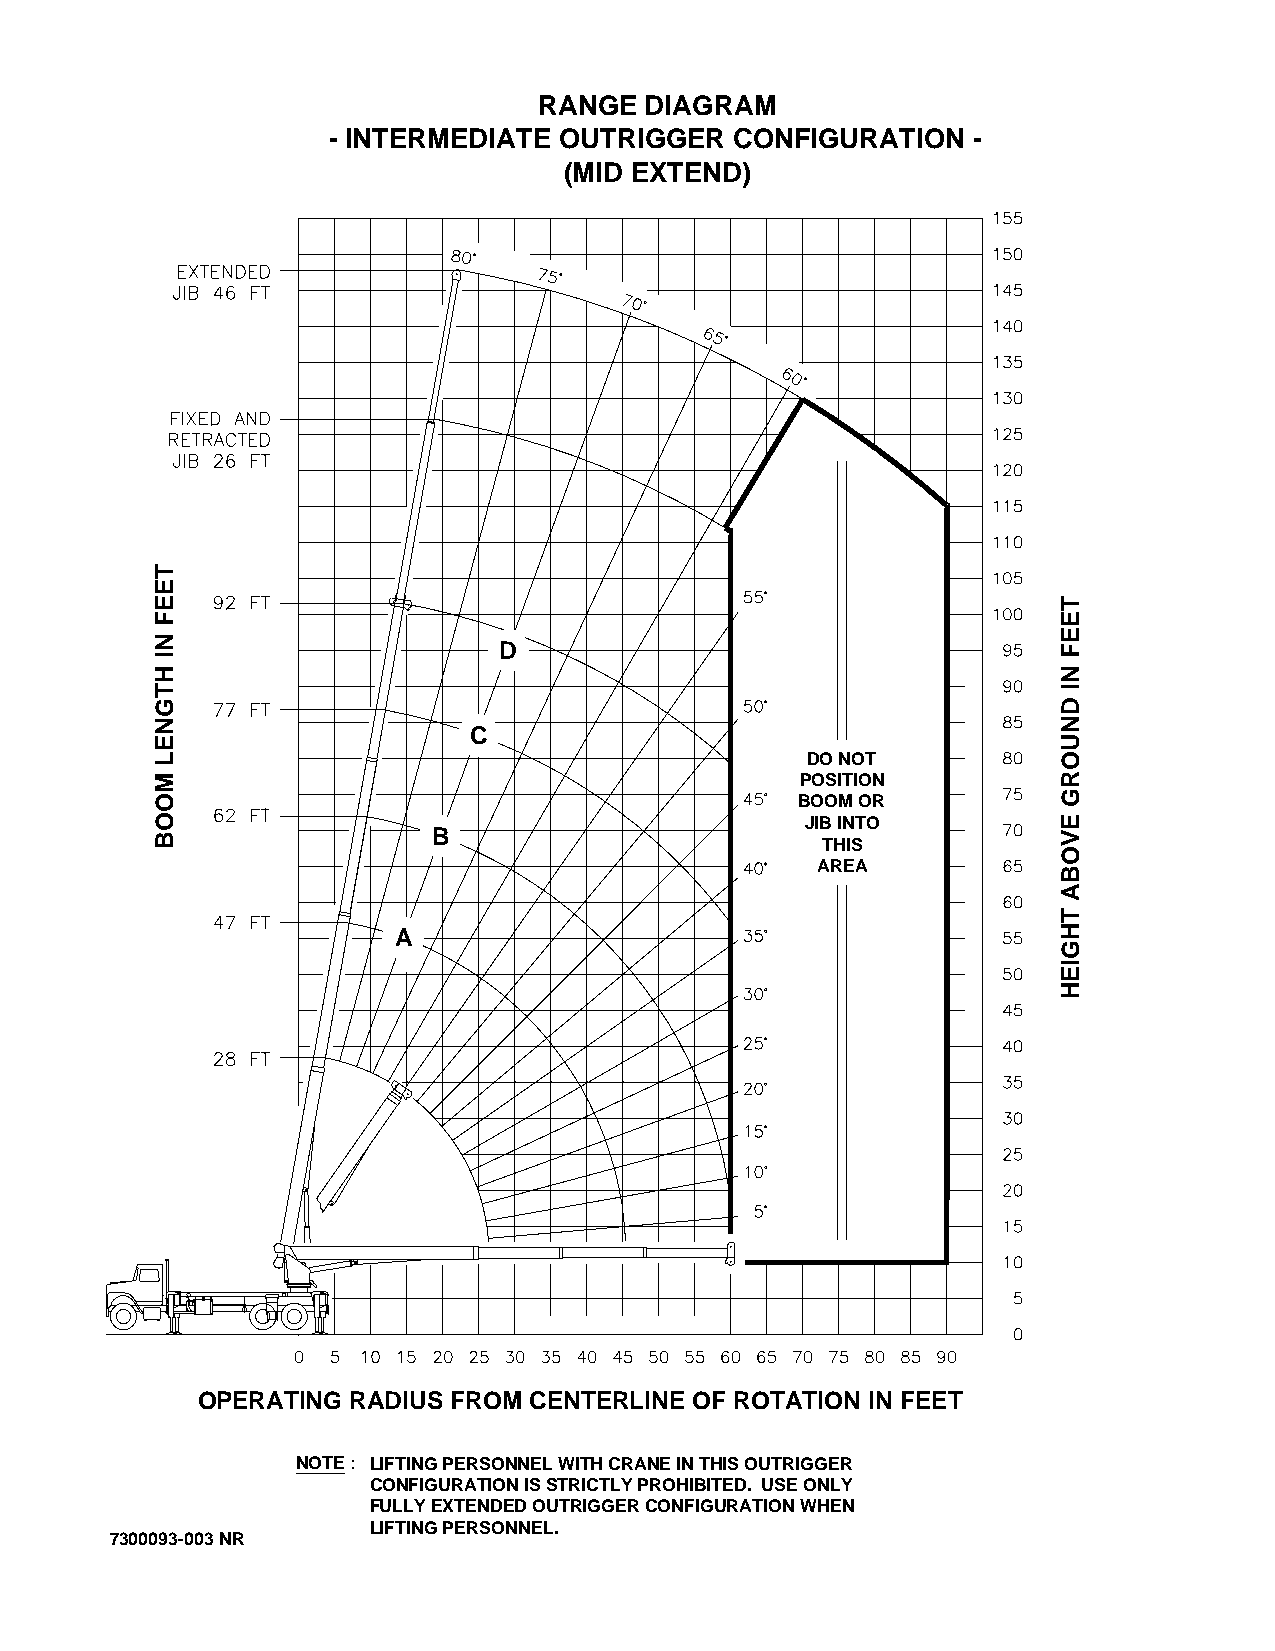
RANGE  DIAGRAM
 - INTERMEDIATE OUTRIGGER   CONFIGURATION  -
 (MID EXTEND)
 D
 C
 DO NOT
 POSITION
 BOOM OR
 JIB INTO
 B
 THIS
 AREA
 A
 OPERATING RADIUS FROM CENTERLINE OF ROTATION IN FEET
 NOTE : LIFTING PERSONNEL WITH CRANE IN THIS OUTRIGGER
 CONFIGURATION IS STRICTLY PROHIBITED. USE ONLY
 FULLY EXTENDED OUTRIGGER CONFIGURATION WHEN
 LIFTING PERSONNEL.
 7300093-003 NR
 TEEF
 NI
 HTGNEL
 MOOB
 TEEF
 NI
 DNUORG
 EVOBA
 THGIEH